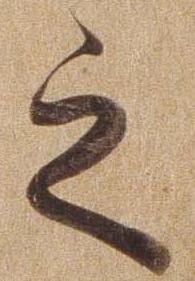
之